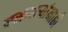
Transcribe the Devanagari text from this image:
नसणार्‍यांनाही